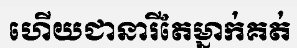
ហើយជានារីតែម្នាក់គត់